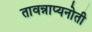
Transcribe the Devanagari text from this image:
तावन्नाप्यनोती